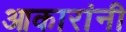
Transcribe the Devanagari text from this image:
आकारांनी